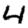
Digit: 4